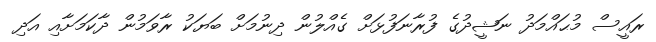
ރައީސް މުޙައްމަދު ނަޝީދުގެ ފުރާނަފުޅަށް ގެއްލުން ދިނުމަށް ބަޔަކު ރާވަމުން ދާކަމަށާއި އަދި